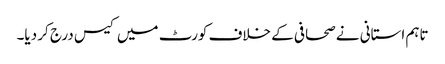
تاہم استانی نے صحافی کے خلاف کورٹ میں کیس درج کر دیا۔